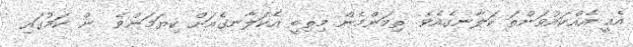
އެއީ އެއްކައުވަންތަ ކަލާނގެއެވެ. ތިމަންމެން މިތިބީ އެކަލާނގެއަށް ކިޔަމަންވެ  ން ކަމުގައި